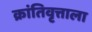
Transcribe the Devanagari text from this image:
क्रांतिवृत्ताला